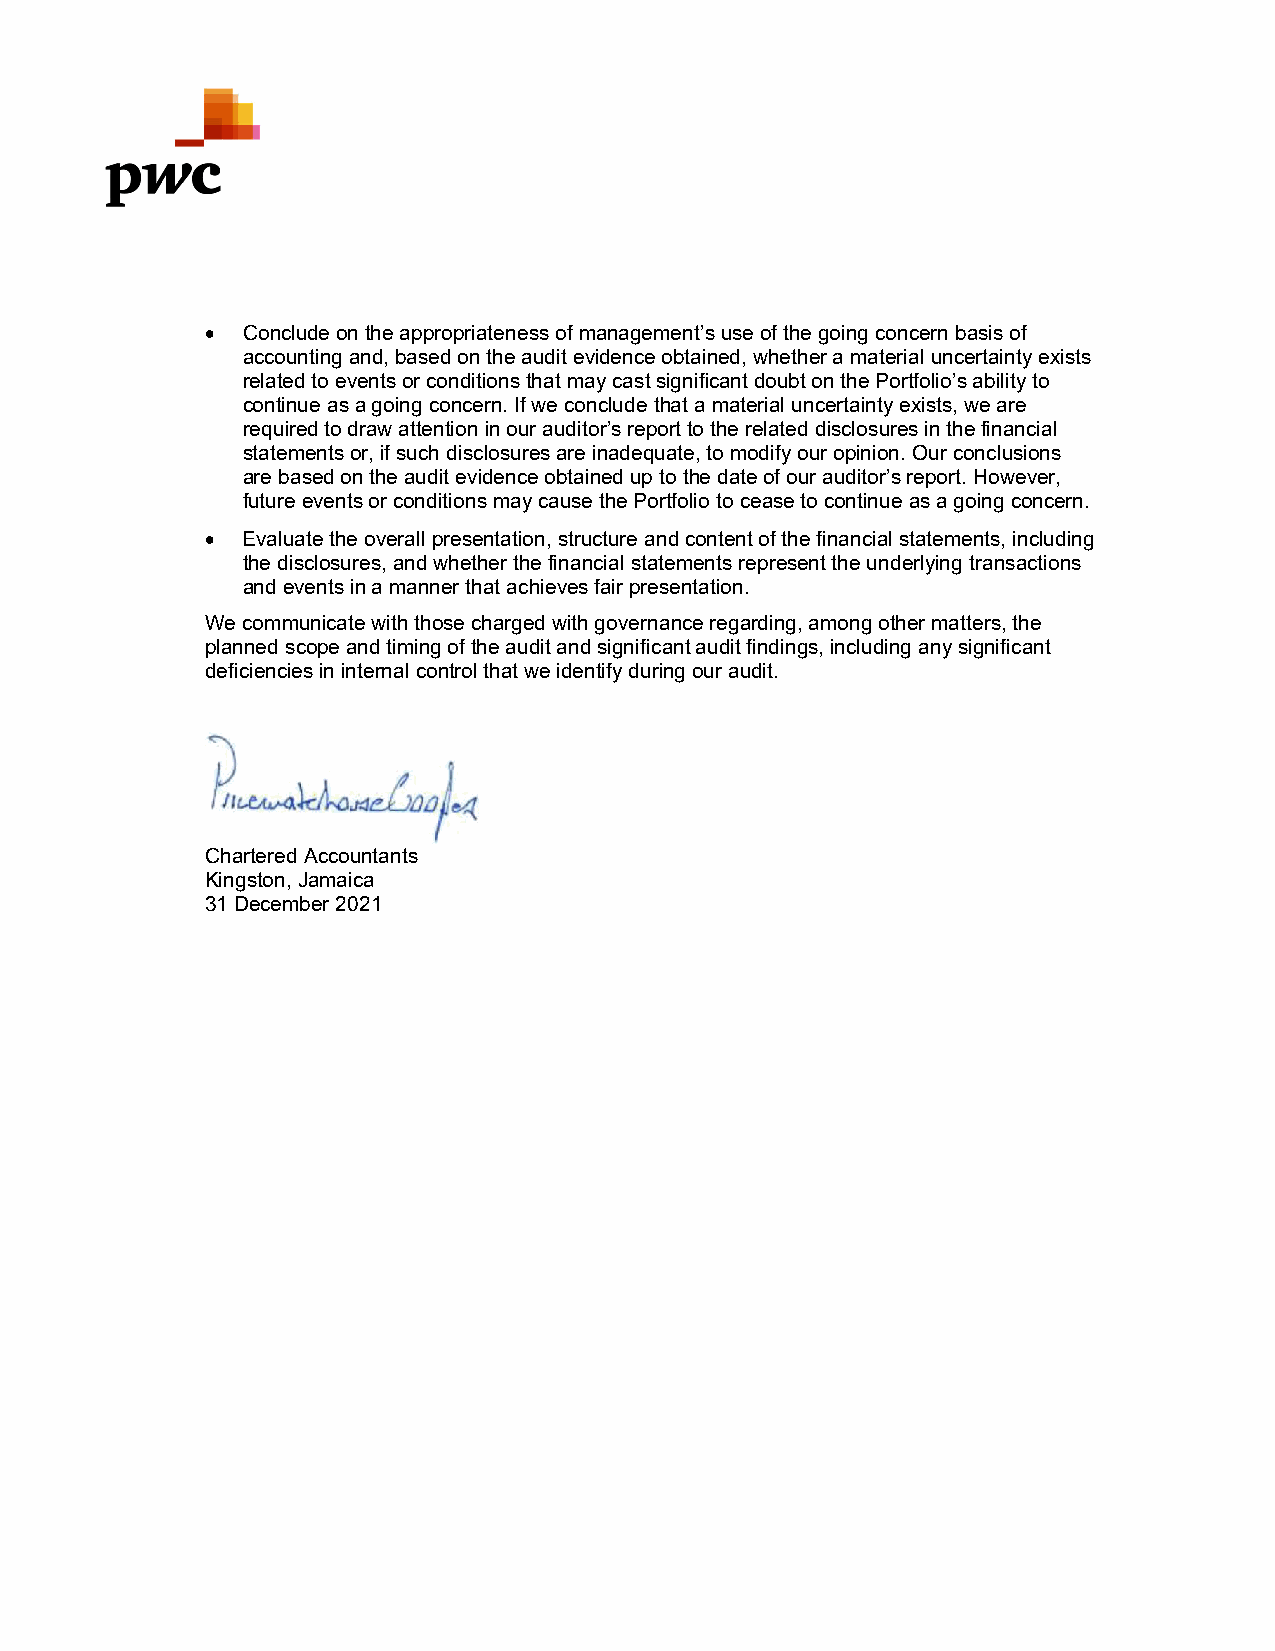
 Conclude on the appropriateness of management’s use of the going concern basis of
 accounting and, based on the audit evidence obtained, whether a material uncertainty exists
 related to events or conditions that may cast significant doubt on the Portfolio’s ability to
 continue as a going concern. If we conclude that a material uncertainty exists, we are
 required to draw attention in our auditor’s report to the related disclosures in the financial
 statements or, if such disclosures are inadequate, to modify our opinion. Our conclusions
 are based on the audit evidence obtained up to the date of our auditor’s report. However,
 future events or conditions may cause the Portfolio to cease to continue as a going concern.
  Evaluate the overall presentation, structure and content of the financial statements, including
 the disclosures, and whether the financial statements represent the underlying transactions
 and events in a manner that achieves fair presentation.
 We communicate with those charged with governance regarding, among other matters, the
 planned scope and timing of the audit and significant audit findings, including any significant
 deficiencies in internal control that we identify during our audit.
 Chartered Accountants
 Kingston, Jamaica
 31 December 2021